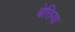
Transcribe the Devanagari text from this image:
बेत्तिया